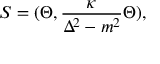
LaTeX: S = ( \Theta , { \frac { \kappa } { \Delta ^ { 2 } - m ^ { 2 } } } \Theta ) ,